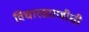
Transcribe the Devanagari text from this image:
विचारसारणीची